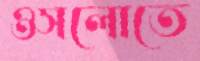
ওসলোতে